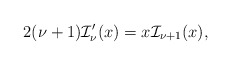
\begin{align*}2(\nu+1)\mathcal{I}_{\nu}'(x)=x\mathcal{I}_{\nu+1}(x),\end{align*}